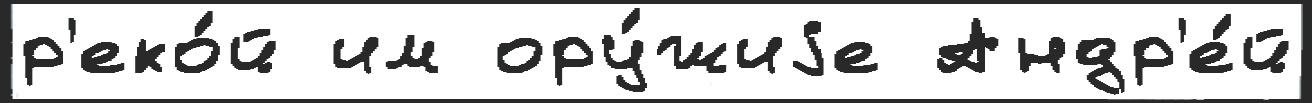
р'еко́й им ору́жиjе Андр'е́й